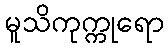
မူသိကုက္ကုရော